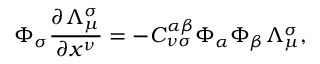
\Phi _ { \sigma } \frac { \partial \Lambda _ { \mu } ^ { \sigma } } { \partial x ^ { \nu } } = - C _ { \nu \sigma } ^ { \alpha \beta } \Phi _ { \alpha } \Phi _ { \beta } \Lambda _ { \mu } ^ { \sigma } ,